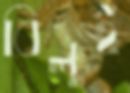
বিলুই